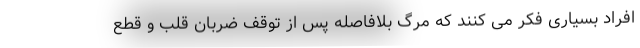
افراد بسیاری فکر می کنند که مرگ بلافاصله پس از توقف ضربان قلب و قطع